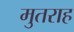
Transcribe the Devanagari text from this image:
मुतराह